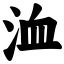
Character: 洫